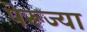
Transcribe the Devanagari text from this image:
पेरूज्या